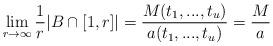
LaTeX: \begin{align*}\lim_{r\to\infty}\frac1r|B\cap[1,r]|=\frac{M(t_1,...,t_u)}{a(t_1,...,t_u)}=\frac Ma\end{align*}